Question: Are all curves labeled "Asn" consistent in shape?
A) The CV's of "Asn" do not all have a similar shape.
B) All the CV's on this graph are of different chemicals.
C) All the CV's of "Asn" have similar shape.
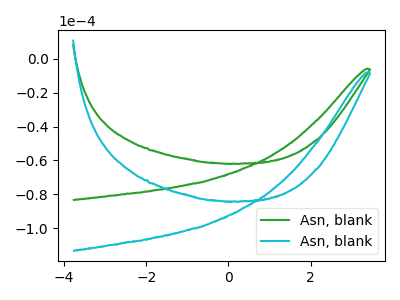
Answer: <think>The green curve "Asn, blank1" has no peaks. The cyan curve "Asn, blank2" has no peaks.
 Neither "Asn, blank1" or "Asn, blank2" have any peaks.</think>
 <answer>C) All the CV's of "Asn" have similar shape.</answer>
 <eval>C</eval>